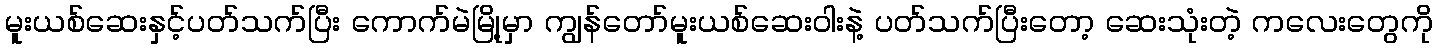
မူးယစ်ဆေးနှင့်ပတ်သက်ပြီး ကောက်မဲမြို့မှာ ကျွန်တော်မူးယစ်ဆေးဝါးနဲ့ ပတ်သက်ပြီးတော့ ဆေးသုံးတဲ့ ကလေးတွေကို